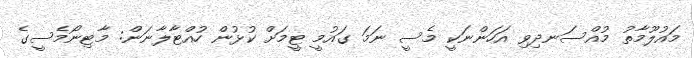
މައުލޫމާތު މުއްސަނދިވި އަހަންނަކީ މެސީ ނަމަ ގައުމީ ޓީމަށް ކުޅުން ހުއްޓާލާނަން: މާޓިނޯމެސީގެ